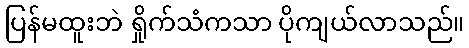
ပြန်မထူးဘဲ ရှိုက်သံကသာ ပိုကျယ်လာသည်။